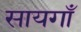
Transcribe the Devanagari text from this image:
सायगाँ